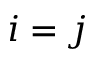
i = j